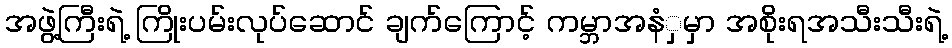
အဖွဲ့ကြီးရဲ့ ကြိုးပမ်းလုပ်ဆောင် ချက်ကြောင့် ကမ္ဘာအနံှမှာ အစိုးရအသီးသီးရဲ့